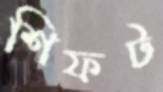
শিফট